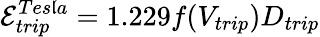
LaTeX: \mathcal{E}_{trip}^{Tes\mathfrak{l}a}=1.229f(V_{trip})D_{trip}